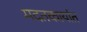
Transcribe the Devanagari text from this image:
मदतकार्यात